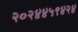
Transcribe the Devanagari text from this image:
२०२४४५९४२४